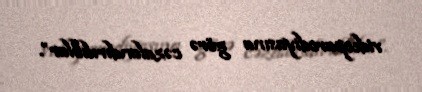
videoparodiyasına görə cəzalandırılıblar”.